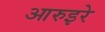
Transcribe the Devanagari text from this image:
आरुइरे